system: You are a helpful assistant.
user:
Analyze the provided spectrum to determine if it is a **Carbon Star (C-type)**.

- **Key Visual Indicators of Carbon Star:**
    - **(Primary):** Strong molecular absorption from **C₂ (diatomic carbon) "Swan Bands."** This is the **defining feature** of a carbon star.
        - **(Key Bandheads):** Sharp absorption edges are visible at approximately $5635$ Å, $5165$ Å (the strongest band), and $4737$ Å.
        - **(Line Profile):** Creates a distinct **"saw-tooth"** pattern. The key morphology is a sharp, steep bandhead on the **red (long-wavelength) side**, which then gradually tapers off (i.e., flux recovers) towards the **blue (short-wavelength) side**. *(This is the direct opposite of the TiO bands seen in M-type stars)*.

    - **(Secondary):** Intense **CN (cyanogen)** molecular absorption bands.
        - **(Key Bandheads):** Located in the blue and violet regions of the spectrum (e.g., near $4215$ Å and $3883$ Å).
        - **(Morphology):** These bands are extremely broad and act as a "blanket," absorbing the vast majority of blue and violet light. This creates a characteristic **"cliff"** or **"steep drop-off"** in the spectrum's flux at short wavelengths.

    - **(Key Confirmation):** Strong **CH absorption band (G-band)**.
        - **(Key Bandhead):** Located around $4300$ Å. The contribution from CH molecules to this band is exceptionally strong.

    - **(Overall Spectrum):**
        - The continuum is severely "chopped up" by these deep molecular bands, especially C₂, rather than appearing as a smooth curve.
        - Due to the heavy CN and C₂ absorption in the blue-green, the vast majority of the star's flux is concentrated in the red part of the spectrum, giving the star its characteristic deep red color.

Think first, call **spectral_visualization_tool** if needed to examine features in detail, then provide your final answer. Your response must adhere to the following strict rules:
1.  **Overall Structure:** Your response must follow the format `<think>...</think> <tool_call>...</tool_call> (if a tool is used) <answer>...</answer>`.
2.  **Tool Usage Constraint:** You may only make **one** tool call per turn.
3.  **Final Answer Format:** In the `<answer>` tag, your conclusion must be inside a `\boxed{}` command (e.g., `\boxed{YES}`), followed by your justification.

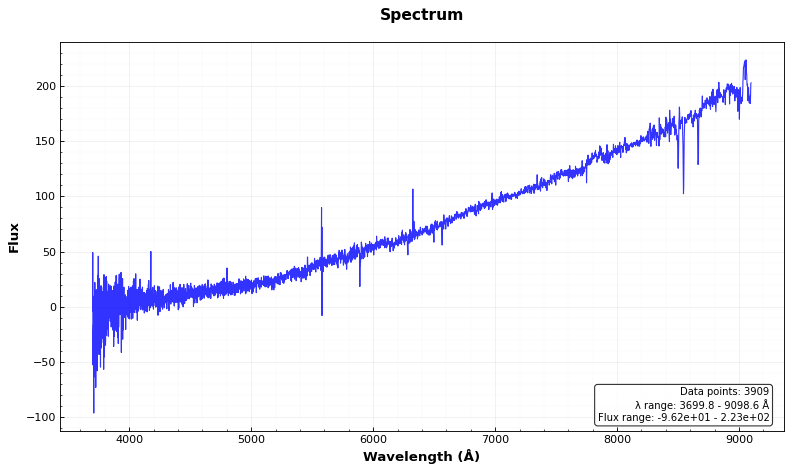
Answer: NO